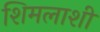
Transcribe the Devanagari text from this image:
शिमलाशी